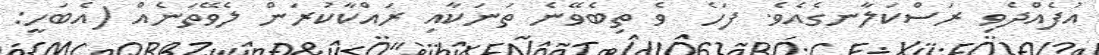
އުފެއްދެވި ރަސްކަލާނގެއެވެ. ފަހެ  ވެ ތިބެވޭނެ ތަނަކާއި ރައްކާކުރަން ލެވޭތަނެއް (އެބަހީ: